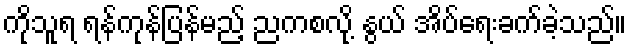
ကိုသူရ ရန်ကုန်ပြန်မည့် ညကစလို့ နွယ် အိပ်ရေးခက်ခဲ့သည်။